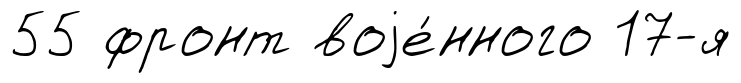
55 фронт воjе́нного 17-я